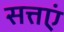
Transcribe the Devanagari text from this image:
सत्तएं